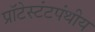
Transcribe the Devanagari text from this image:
प्रॉटेस्टंटपंथीय